Source: Handwritten
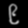
Digit: ၉ (9)